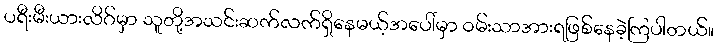
ပရီးမီးယားလိဂ်မှာ သူတို့အသင်းဆက်လက်ရှိနေမယ့်အပေါ်မှာ ဝမ်းသာအားရဖြစ်နေခဲ့ကြပါတယ်။